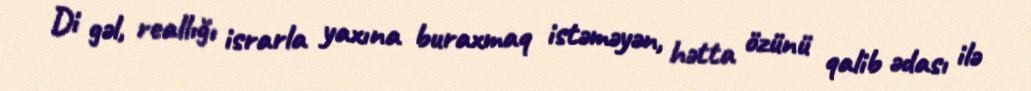
Di gəl, reallığı israrla yaxına buraxmaq istəməyən, hətta özünü qalib ədası ilə